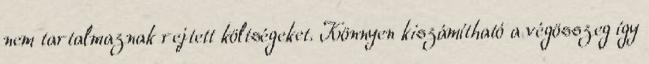
nem tartalmaznak rejtett költségeket. Könnyen kiszámítható a végösszeg így